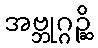
အဗ္ဘုဂ္ဂဉ္ဆိ